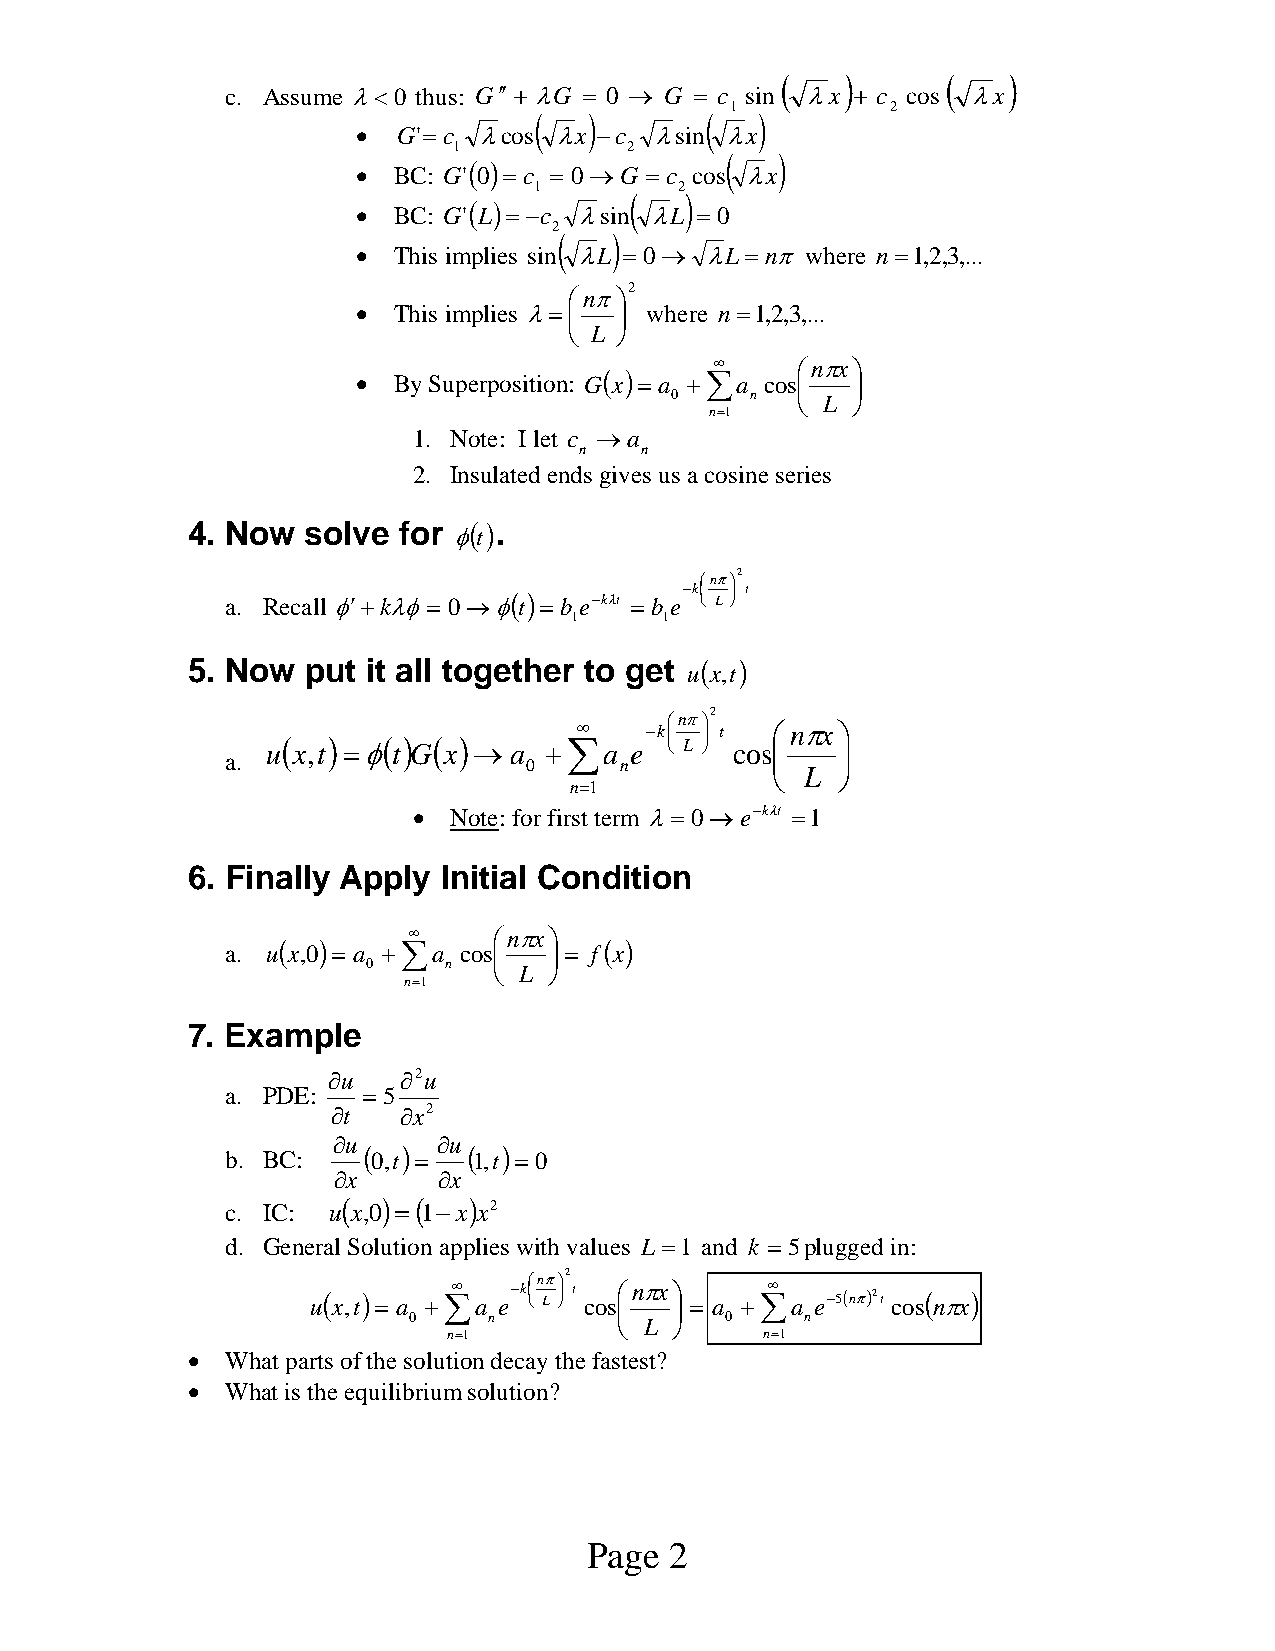
(   )      (   )
 c. Assume λ<0 thus: G′′ + λG = 0 → G = c sin λx + c cos λx
 1          2
 (   )       (  )
 • G'=c  λcos λx −c λsin λx
 1           2
 (   )
 ( )
 • BC: G' 0 = c = 0→G = c cos λx
 1         2
 (  )
 ( )
 • BC: G' L = −c λsin λL =0
 2
 (   )
 • This implies sin λL =0→ λL =nπ where n =1,2,3,...
 2
 ⎛nπ⎞
 • This implies λ=⎜ ⎟ where n =1,2,3,...
 ⎝ L ⎠
 ∞     ⎛nπx⎞
 • By Superposition: G(x) = a +∑a cos⎜ ⎟
 0     n  ⎝ L ⎠
 n=1
 1. Note: I let c →a
 n   n
 2. Insulated ends gives us a cosine series
 4. Now  solve for  ( ).
 φt
 ⎛nπ⎞2
 −k⎜ ⎟ t
 a. Recall φ′+kλφ= 0 →φ(t) = b e−kλt = b e ⎝ L ⎠
 1     1
 5. Now  put it all together to get u(x,t)
 ⎛nπ⎞2
 ∞    −k⎜ ⎟ t ⎛nπx⎞
 u( x,t) =φ( t) G( x) → a +∑a e ⎝ L ⎠ cos⎜ ⎟
 a.
 0     n         ⎝ L  ⎠
 n=1
 •  Note: for first term λ=0→e−kλt =1
 6. Finally Apply Initial Condition
 ∞     ⎛nπx⎞
 a. u(x,0) = a +∑a cos⎜ ⎟ = f(x)
 0    n   ⎝ L ⎠
 n=1
 7. Example
 ∂u  ∂2u
 a. PDE:  = 5
 ∂t   ∂x2
 ∂u     ∂u
 b. BC:   ( 0,t) = ( 1,t) = 0
 ∂x     ∂x
 c. IC: u( x,0) =( 1−x) x2
 d. General Solution applies with values L =1 and k =5plugged in:
 u( x,t) = a +∑∞ a e−k⎜ ⎝⎛n Lπ ⎟ ⎠⎞2 t cos⎜⎛nπx ⎟⎞ = a +∑∞ a e−5(nπ)2t cos(nπx)
 0    n        ⎝ L ⎠  0    n
 n=1                  n=1
 •  What parts of the solution decay the fastest?
 •  What is the equilibrium solution?
 Page 2